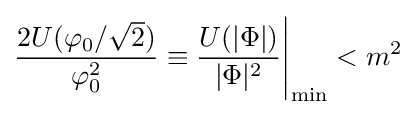
{\frac {2U(\varphi _{0}/{\sqrt {2}})}{\varphi _{0}^{2}}}\equiv {\frac {U(|\Phi |)}{|\Phi |^{2}}}{\Bigg |}_{\min }<m^{2}